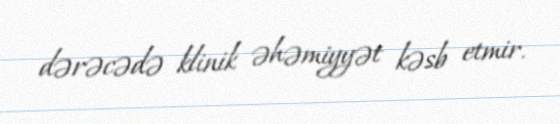
dərəcədə klinik əhəmiyyət kəsb etmir.